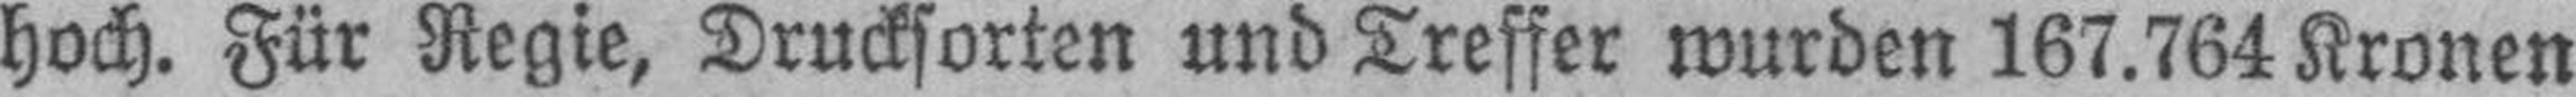
hoch. Für Regie, Drucksorten und Treffer wurden 167.764 Kronen